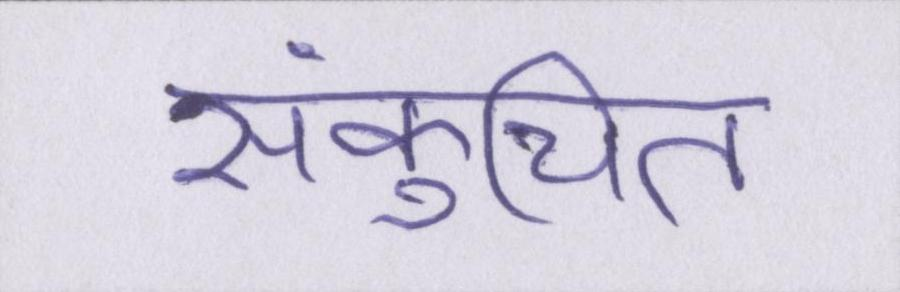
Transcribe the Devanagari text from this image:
संकुचित